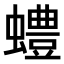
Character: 𫋠